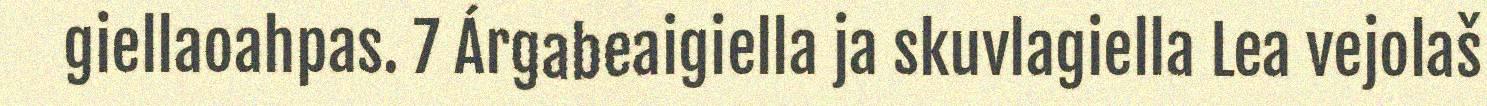
giellaoahpas. 7 Árgabeaigiella ja skuvlagiella Lea vejolaš